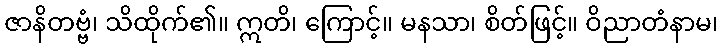
ဇာနိတဗ္ဗံ၊ သိထိုက်၏။ ဣတိ၊ ကြောင့်။ မနသာ၊ စိတ်ဖြင့်။ ဝိညာတံနာမ၊